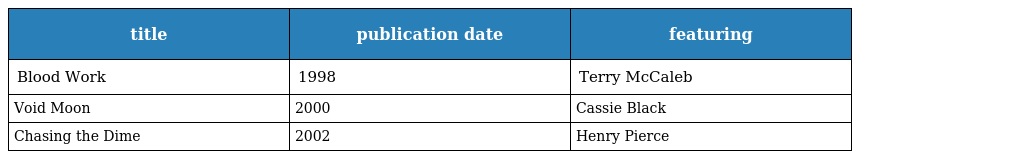
| title | publication date | featuring |
 | --- | --- | --- |
 | Blood Work | 1998 | Terry McCaleb |
 | Void Moon | 2000 | Cassie Black |
 | Chasing the Dime | 2002 | Henry Pierce |